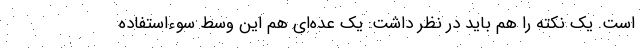
است. یک نکته را هم باید در نظر داشت: یک عده‌ای هم این وسط سوءاستفاده